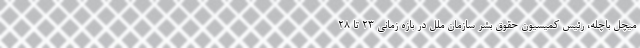
میچل باچله، رئیس کمیسیون حقوق بشر سازمان ملل در بازه زمانی ۲۳ تا ۲۸